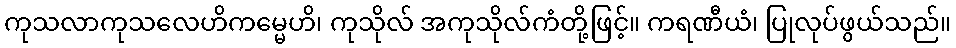
ကုသလာကုသလေဟိကမ္မေဟိ၊ ကုသိုလ် အကုသိုလ်ကံတို့ဖြင့်။ ကရဏီယံ၊ ပြုလုပ်ဖွယ်သည်။